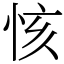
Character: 㤥